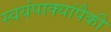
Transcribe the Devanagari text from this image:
स्वयंपाक्यांपैकी